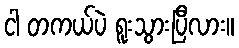
ငါ တကယ်ပဲ ရူးသွားပြီလား။